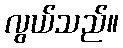
လွယ်သည်။